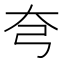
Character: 𡗝